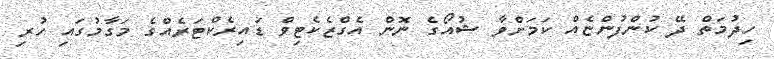
ހިދުމަތް ދޭ ކުންފުންޏެއް ކަމަށްވާ ޝުއޯގެ ނޮން އެގްޒެކެޓިވް ޑައިރެކްޓަރެއްގެ މަގާމުގައި ހުރި